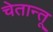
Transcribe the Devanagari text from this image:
चेतान्तू